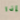
إذا